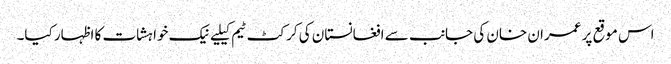
اس موقع پر عمران خان کی جانب سے افغانستان کی کرکٹ ٹیم کیلیےنیک خواہشات کا اظہار کیا۔